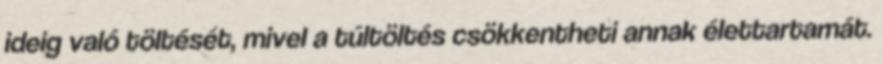
ideig való töltését, mivel a túltöltés csökkentheti annak élettartamát.